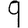
Digit: 9